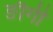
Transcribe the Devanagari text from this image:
ङौगी